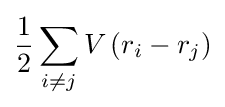
{\frac {1}{2}}\sum _{i\neq j}V\left(r_{i}-r_{j}\right)